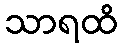
သာရထိ